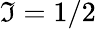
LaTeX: \mathfrak{I}=1/2